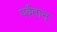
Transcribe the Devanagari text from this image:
पर्वतान्